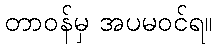
တာဝန်မှ အပမဝင်ရ။